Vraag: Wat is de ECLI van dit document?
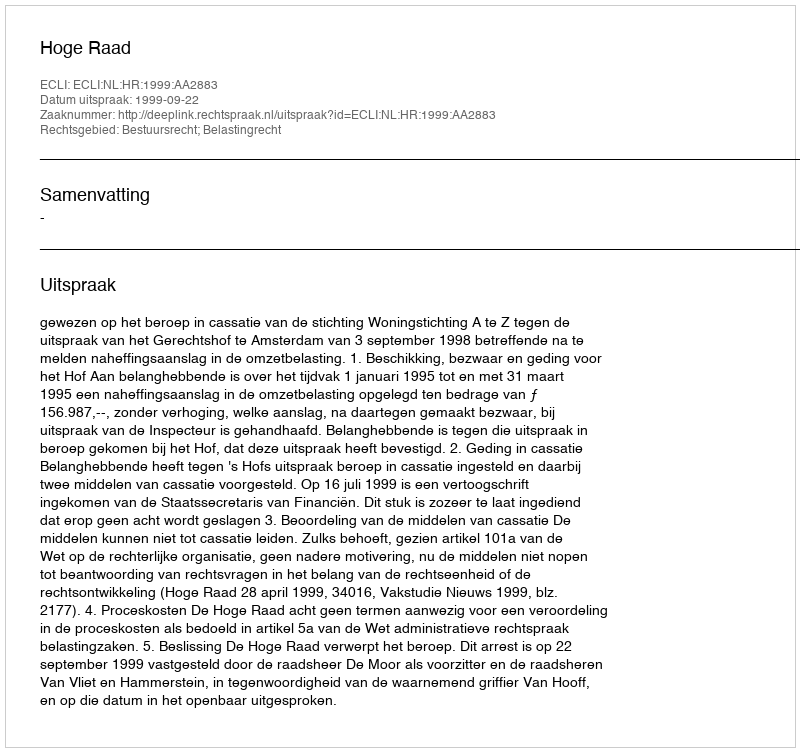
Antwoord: ECLI:NL:HR:1999:AA2883